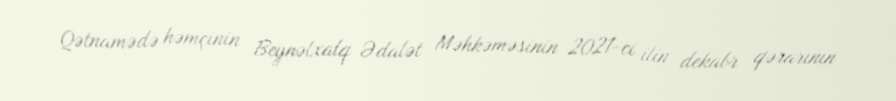
Qətnamədə həmçinin Beynəlxalq Ədalət Məhkəməsinin 2021-ci ilin dekabr qərarının